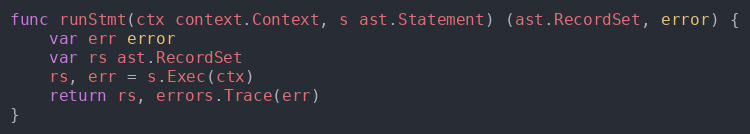
Language: Go
func runStmt(ctx context.Context, s ast.Statement) (ast.RecordSet, error) {
	var err error
	var rs ast.RecordSet
	rs, err = s.Exec(ctx)
	return rs, errors.Trace(err)
}